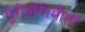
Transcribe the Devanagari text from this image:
यूरोवॉरोमीटर